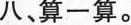
八、算一算。